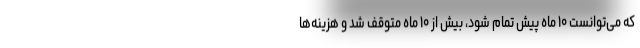
که می‌توانست ۱۰ ماه پیش تمام شود، بیش از ۱۰ ماه متوقف شد و هزینه‌ها